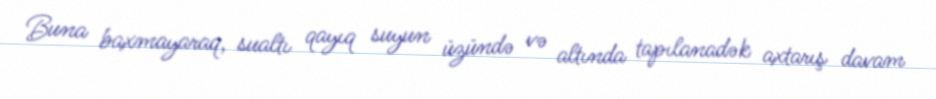
Buna baxmayaraq, sualtı qayıq suyun üzündə və altında tapılanadək axtarış davam